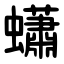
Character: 蠨